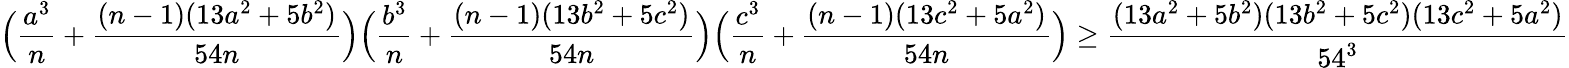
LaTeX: \Big(\frac{a^{3}}{n}+\frac{(n-1)(13a^{2}+5b^{2})}{54n}\Big)\Big(\frac{b^{3}}{n}+\frac{(n-1)(13b^{2}+5c^{2})}{54n}\Big)\Big(\frac{c^{3}}{n}+\frac{(n-1)(13c^{2}+5a^{2})}{54n}\Big)\geq\frac{(13a^{2}+5b^{2})(13b^{2}+5c^{2})(13c^{2}+5a^{2})}{54^{3}}